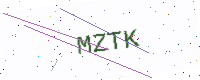
Text: MZTK